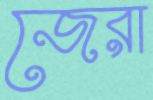
জেরা